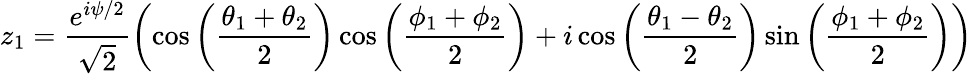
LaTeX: z_{1}=\frac{e^{i\psi/2}}{\sqrt{2}}\left(\cos\left(\frac{\theta_{1}+\theta_{2}}{2}\right)\cos\left(\frac{\phi_{1}+\phi_{2}}{2}\right)+i\cos\left(\frac{\theta_{1}-\theta_{2}}{2}\right)\sin\left(\frac{\phi_{1}+\phi_{2}}{2}\right)\right)